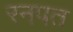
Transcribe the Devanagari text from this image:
रनपत